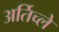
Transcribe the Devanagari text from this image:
अर्तिच्ले